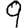
Digit: 9